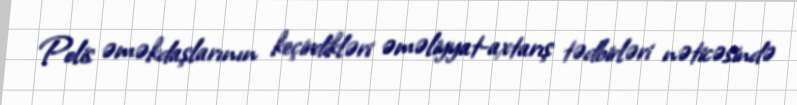
Polis əməkdaşlarının keçirdikləri əməliyyat-axtarış tədbirləri nəticəsində